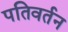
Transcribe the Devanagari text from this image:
पतिवर्तन